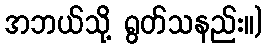
အဘယ်သို့ ရွတ်သနည်း။)